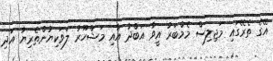
އޭގެ ތެރޭގައި މަޖިލިސް މެމްބަރު އީވާ އަބްދު އާއި މަޝްހޫރު ލަވަކިޔުންތެރިޔާ އަދި